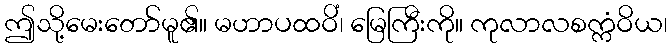
ဤသို့မေးတော်မူ၏။ မဟာပထဝိံ၊ မြေကြီးကို။ ကုလာလစက္ကံဝိယ၊